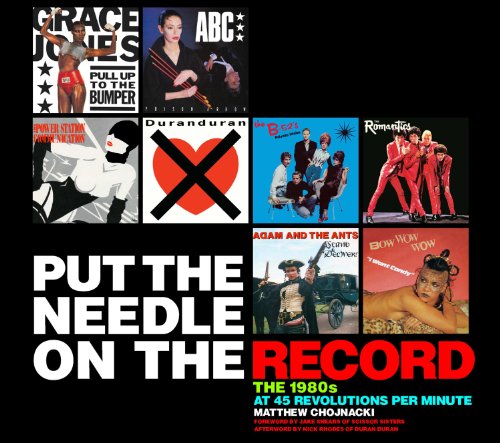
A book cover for Put the Needle on the Record: The 1980s at 45 Revolutions Per Minute; Matthew Chojnacki; Crafts, Hobbies & Home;